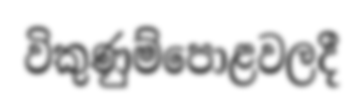
විකුණුම්පොළවලදී